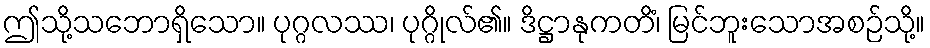
ဤသို့သဘောရှိသော။ ပုဂ္ဂလဿ၊ ပုဂ္ဂိုလ်၏။ ဒိဋ္ဌာနုကတိံ၊ မြင်ဘူးသောအစဉ်သို့။